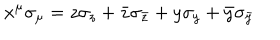
x ^ { \mu } \sigma _ { \mu } = z \sigma _ { z } + \bar { z } \sigma _ { \bar { z } } + y \sigma _ { y } + \bar { y } \sigma _ { \bar { y } }